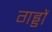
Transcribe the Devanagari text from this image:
गड्डों